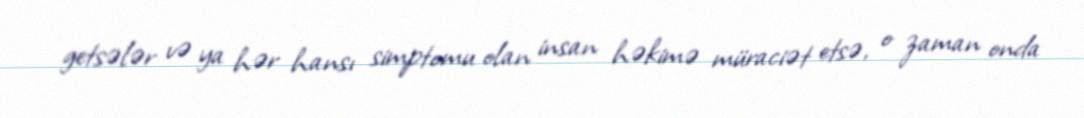
getsələr və ya hər hansı simptomu olan insan həkimə müraciət etsə, o zaman onda